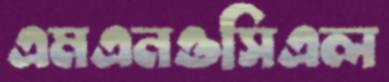
এমএনওসিএল